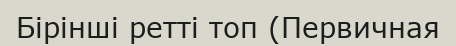
Бірінші ретті топ (Первичная